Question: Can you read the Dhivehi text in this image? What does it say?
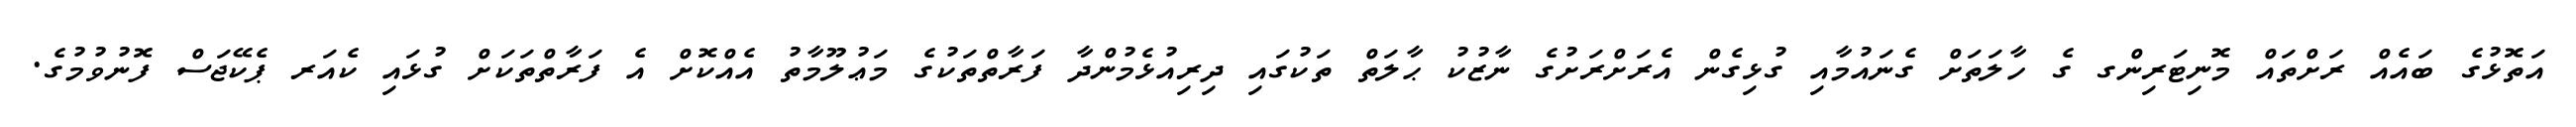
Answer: އަތޮޅުގެ ބައެއް ރަށްތައް މޮނިޓަރިންގ ގެ ހާލަތަށް ގެނައުމާއި ގުޅިގެން އެރަށްރަށުގެ ނާޒުކު ޙާލަތް ތަކުގައި ދިރިއުޅެމުންދާ ފަރާތްތަކުގެ މަޢުލޫމާތު އެއްކޮށް އެ ފަރާތްތަކަށް ގުޅައި ކެއަރ ޕެކޭޖަސް ފޮނުވުމުގެ.